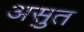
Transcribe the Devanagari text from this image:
असुत